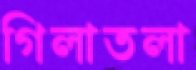
গিলাতলা